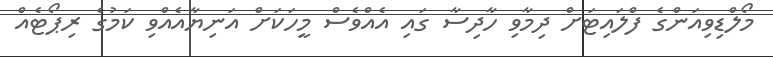
މޯލްޑިވިއަންގެ ފްލައިޓަށް ދިމާވި ހާދިސާ ގައި އެއްވެސް މީހަކަށް އަނިޔާއެއްވި ކަމުގެ ރިޕޯޓެއް